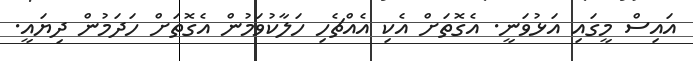
އައިސް މީގައި އަޅުވަނީ. އެގޮތަށް އެކި އެއްޗެހި ހަލާކުވަމުން އެގޮތަށް ހަދަމުން ދިޔައީ.